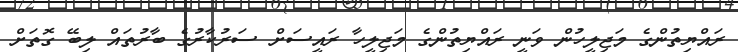
ރައްޔިތުންގެ މަޖިލީހުން ވަނީ ރައްޔިތުންގެ މަޖިލީހާ ރައީސަށް ސަރުކާރުގެ ބާރުތައް ލިބޭ ގޮތަށް